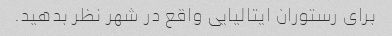
برای رستوران ایتالیایی واقع در شهر نظر بدهید.